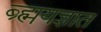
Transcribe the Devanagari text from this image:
ब्र्ह्मयज्ञात